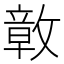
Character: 𭤊